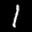
Label: 1